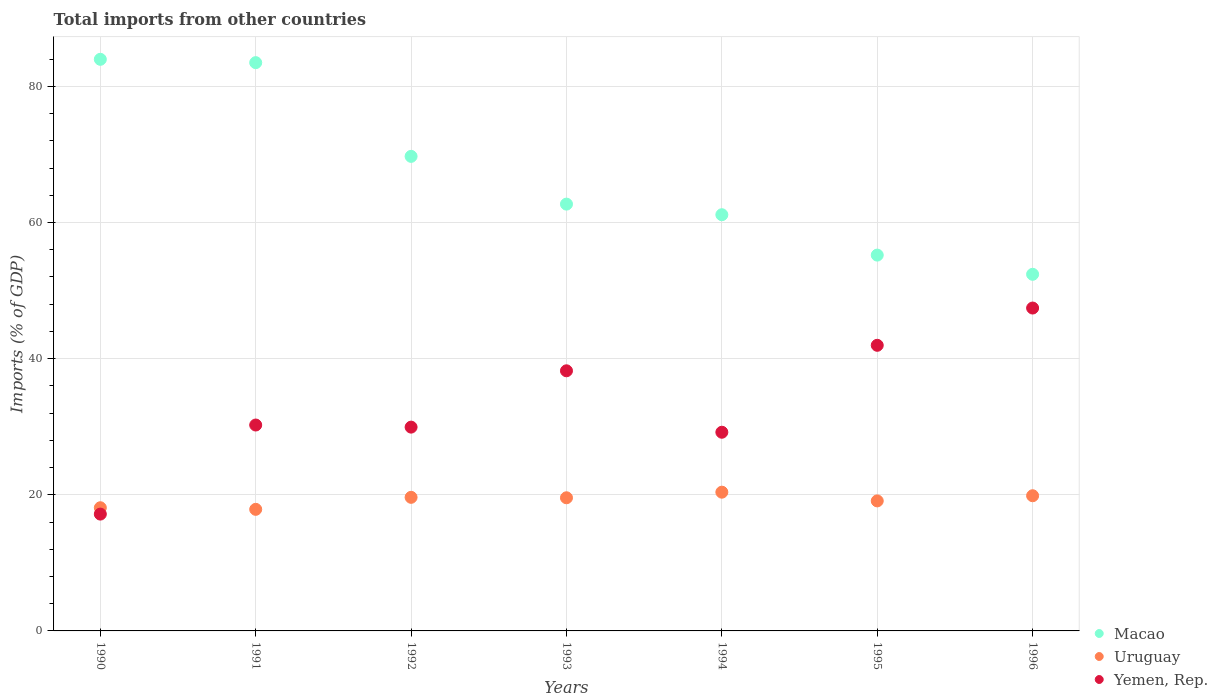
| Years | Macao | Uruguay | Yemen, Rep. |
 | --- | --- | --- | --- |
 | 1990 | 84 | 18.1 | 17.2 |
 | 1991 | 83.5 | 17.9 | 30.2 |
 | 1992 | 69.7 | 19.6 | 29.9 |
 | 1993 | 62.7 | 19.6 | 38.2 |
 | 1994 | 61.1 | 20.4 | 29.2 |
 | 1995 | 55.2 | 19.1 | 42 |
 | 1996 | 52.4 | 19.9 | 47.4 |